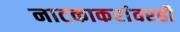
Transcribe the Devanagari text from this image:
नाटकाकरांवरही